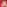
A